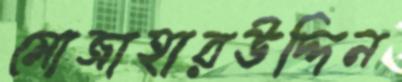
মোজাহারউদ্দিন